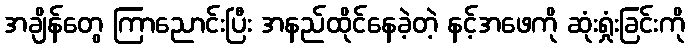
အချိန်တွေ ကြာညောင်းပြီး အနည်ထိုင်နေခဲ့တဲ့ နင့်အဖေကို ဆုံးရှုံးခြင်းကို